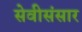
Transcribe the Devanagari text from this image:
सेवीसंसार